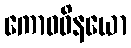
ကောဓဝိနယော